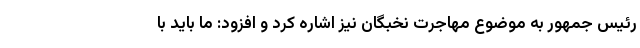
رئیس جمهور به موضوع مهاجرت نخبگان نیز اشاره کرد و افزود: ما باید با